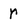
Character: r